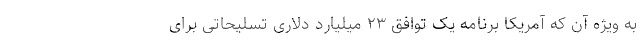
به ویژه آن که آمریکا برنامه یک توافق ۲۳ میلیارد دلاری تسلیحاتی برای